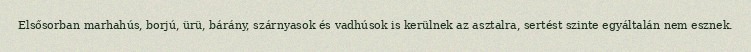
Elsősorban marhahús, borjú, ürü, bárány, szárnyasok és vadhúsok is kerülnek az asztalra, sertést szinte egyáltalán nem esznek.